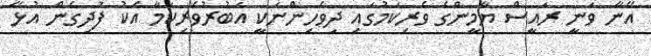
އޭނާ ވަނީ ރައީސް ޔާމީންގެ ވެރިކަމުގައި ދިވެހިންނަކީ އަބުރުވެރިކަމާ އެކު ފުދިގެން އުޅޭ